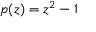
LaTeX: p ( z ) = z ^ { 2 } - 1